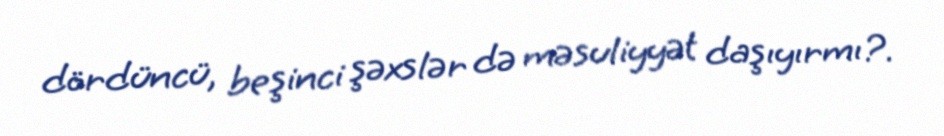
dördüncü, beşinci şəxslər də məsuliyyət daşıyırmı?.